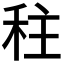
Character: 𮂿